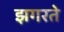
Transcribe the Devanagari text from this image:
झगरते